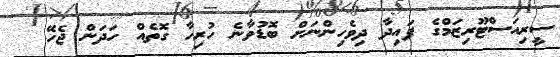
ސީރިއަސްޓޫރިޒަމްގެ ފައިދާ ދިވެހިންނަށް ބޮޑުވާނެ ހުރިހާ ގޮތެއް ހަދަން ޖެހޭ